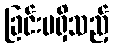
ခြင်းမရှိသည့်